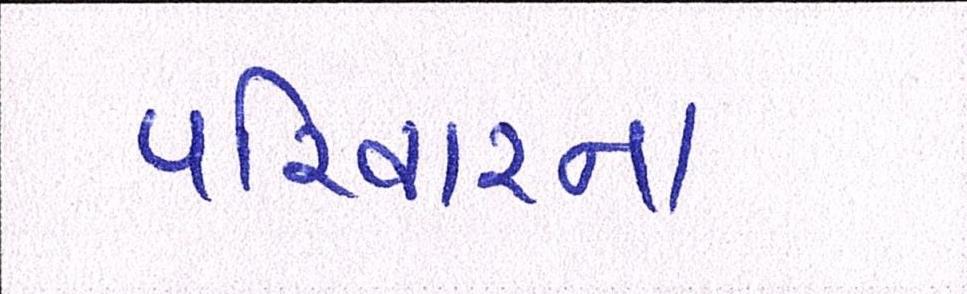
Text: પરિવારના